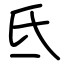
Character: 氐